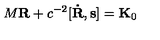
M { \bf R } + c ^ { - 2 } [ { \bf \dot { R } } , { \bf s } ] = { \bf K } _ { 0 }